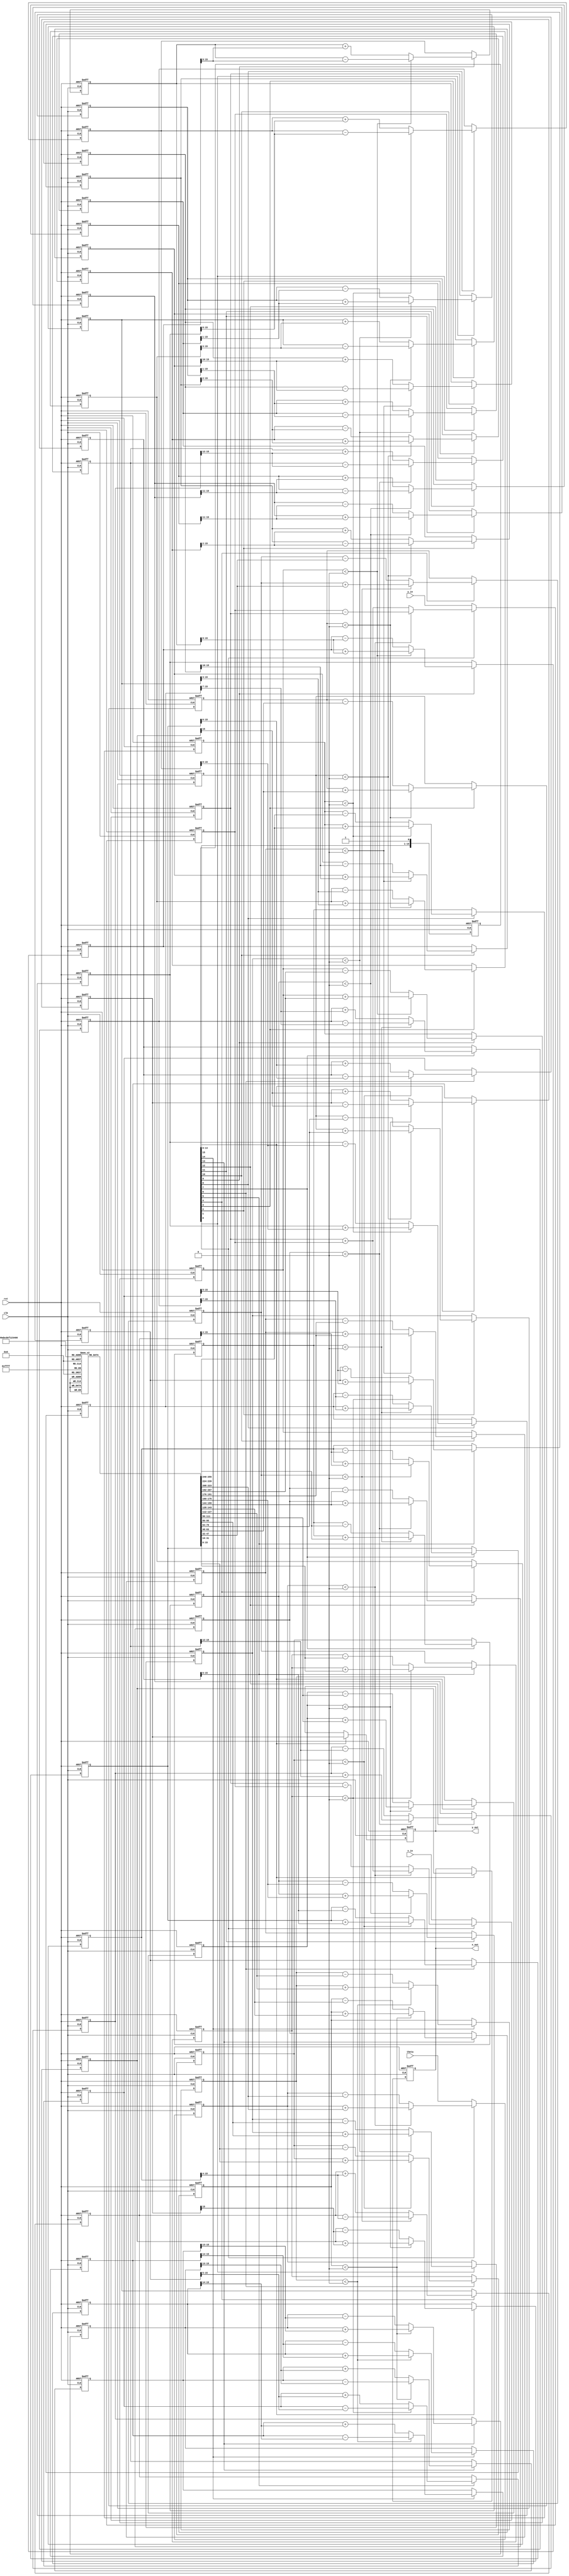
module cordic_pipeline #(parameter WIDTH = 16, STAGES = 16)(
    input wire clk,
    input wire rst,
    input wire [WIDTH-1:0] theta,   // Input angle
    input wire [WIDTH-1:0] x_in,     // Initial X coordinate
    input wire [WIDTH-1:0] y_in,     // Initial Y coordinate
    output reg [WIDTH-1:0] x_out,    // Output X coordinate after rotation
    output reg [WIDTH-1:0] y_out      // Output Y coordinate after rotation
);

// CORDIC constants
reg [WIDTH-1:0] atan_table [0:STAGES-1];
initial begin
    // Pre-compute arctan(2^-i) and store in atan_table (fixed-point format)
    // Add appropriate fixed-point values for atan(1/2^i)
    // Example initialization (values should be precalculated)
    atan_table[0] = 16'h3A22;  // atan(1) in fixed-point
    atan_table[1] = 16'h1D55;  // atan(0.5) in fixed-point
    // ... (Fill remaining values)
end

// Registers to hold the current state of the pipeline
reg [WIDTH-1:0] x_reg [0:STAGES-1];
reg [WIDTH-1:0] y_reg [0:STAGES-1];
reg [WIDTH-1:0] theta_reg [0:STAGES-1];
reg [STAGES-1:0] valid;

integer i;

// Pipelined rotation operation
always @(posedge clk or posedge rst) begin
    if (rst) begin
        x_out <= 0;
        y_out <= 0;
        // Reset pipeline registers
        for (i = 0; i < STAGES; i = i + 1) begin
            x_reg[i] <= 0;
            y_reg[i] <= 0;
            theta_reg[i] <= 0;
            valid[i] <= 0;
        end
    end else begin
        // Shift inputs into the pipeline
        x_reg[0] <= x_in;
        y_reg[0] <= y_in;
        theta_reg[0] <= theta;
        valid[0] <= 1;

        // Pipeline stages
        for (i = 1; i < STAGES; i = i + 1) begin
            x_reg[i] <= x_reg[i-1];
            y_reg[i] <= y_reg[i-1];
            theta_reg[i] <= theta_reg[i-1];
            valid[i] <= valid[i-1];
        end

        // CORDIC rotation logic
        for (i = 0; i < STAGES; i = i + 1) begin
            if (valid[i]) begin
                // Determine direction of rotation based on current theta value
                if (theta_reg[i] < 0) begin
                    // Counter-clockwise rotation
                    x_reg[i] <= x_reg[i] + (y_reg[i] >> i);
                    y_reg[i] <= y_reg[i] - (x_reg[i] >> i);
                    theta_reg[i] <= theta_reg[i] + atan_table[i];
                end else begin
                    // Clockwise rotation
                    x_reg[i] <= x_reg[i] - (y_reg[i] >> i);
                    y_reg[i] <= y_reg[i] + (x_reg[i] >> i);
                    theta_reg[i] <= theta_reg[i] - atan_table[i];
                end 
            end
        end
        
        // Final output after last stage
        if (valid[STAGES-1]) begin
            x_out <= x_reg[STAGES-1];
            y_out <= y_reg[STAGES-1];
        end
    end
end

endmodule